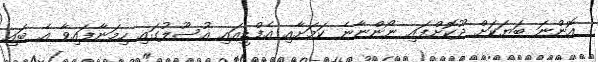
އޮންނަ ބަޔަކަށް ދޫކޮށްފައި ނޯންނާނެ ކަމަށާއި އެފްޑީއައި އުސޫލުގައި ހިމަނާފައިވާ އެ ބައި